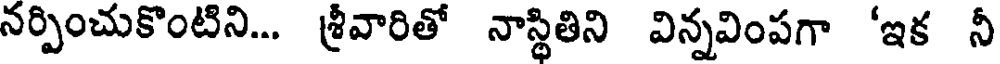
నర్పించుకొంటిని... శ్రీవారితో నాస్థితిని విన్నవింపగా 'ఇక నీ